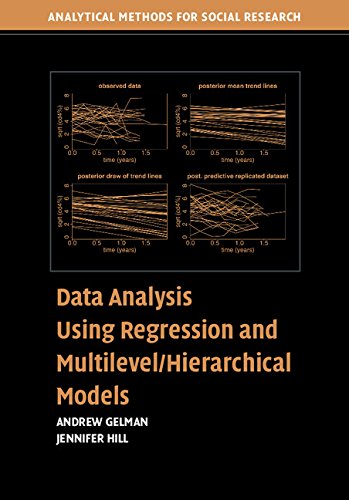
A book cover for Data Analysis Using Regression and Multilevel/Hierarchical Models; Andrew Gelman; Science & Math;